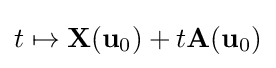
t\mapsto \mathbf {X} (\mathbf {u} _{0})+t\mathbf {A} (\mathbf {u} _{0})